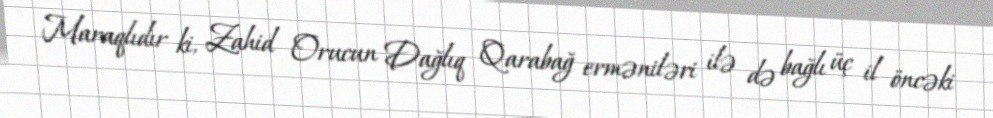
Maraqlıdır ki, Zahid Orucun Dağlıq Qarabağ erməniləri ilə də bağlı üç il öncəki